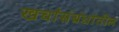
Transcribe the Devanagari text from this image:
खर्चांसंबंधांतील